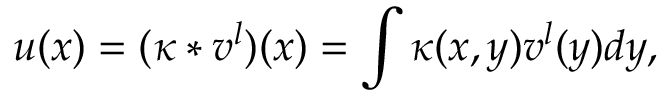
u ( x ) = ( \kappa \ast v ^ { l } ) ( x ) = \int \kappa ( x , y ) v ^ { l } ( y ) d y ,